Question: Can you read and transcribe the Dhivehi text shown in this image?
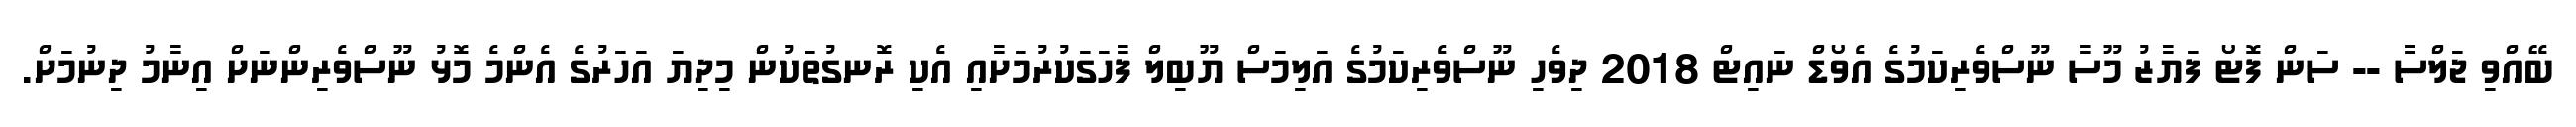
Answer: ބޭއްވި ޖަލްސާ -- ސަން ފޮޓޯ ފަޔާޒު މޫސާ ނޫސްވެރިކަމުގެ އެވޯޑް ނައިޓް 2018 ދިވެހި ނޫސްވެރިކަމުގެ އަލިމަސް ޔޫބިލް ފާހަގަކުރުމަށާއި އެކި ރޮނގުތަކުން މިދިޔަ އަހަރުގެ އެންމެ މޮޅު ނޫސްވެރިންނަށް އިނާމު ދިނުމަށް.